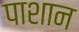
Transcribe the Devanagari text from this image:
पाशान